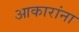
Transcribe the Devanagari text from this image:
आकारांना